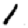
Digit: 1